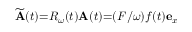
\widetilde { \mathbf { A } } ( t ) { = } \ensuremath { R _ { \omega } } ( t ) \mathbf { A } ( t ) { = } ( F / \omega ) f ( t ) \mathbf { e } _ { x }